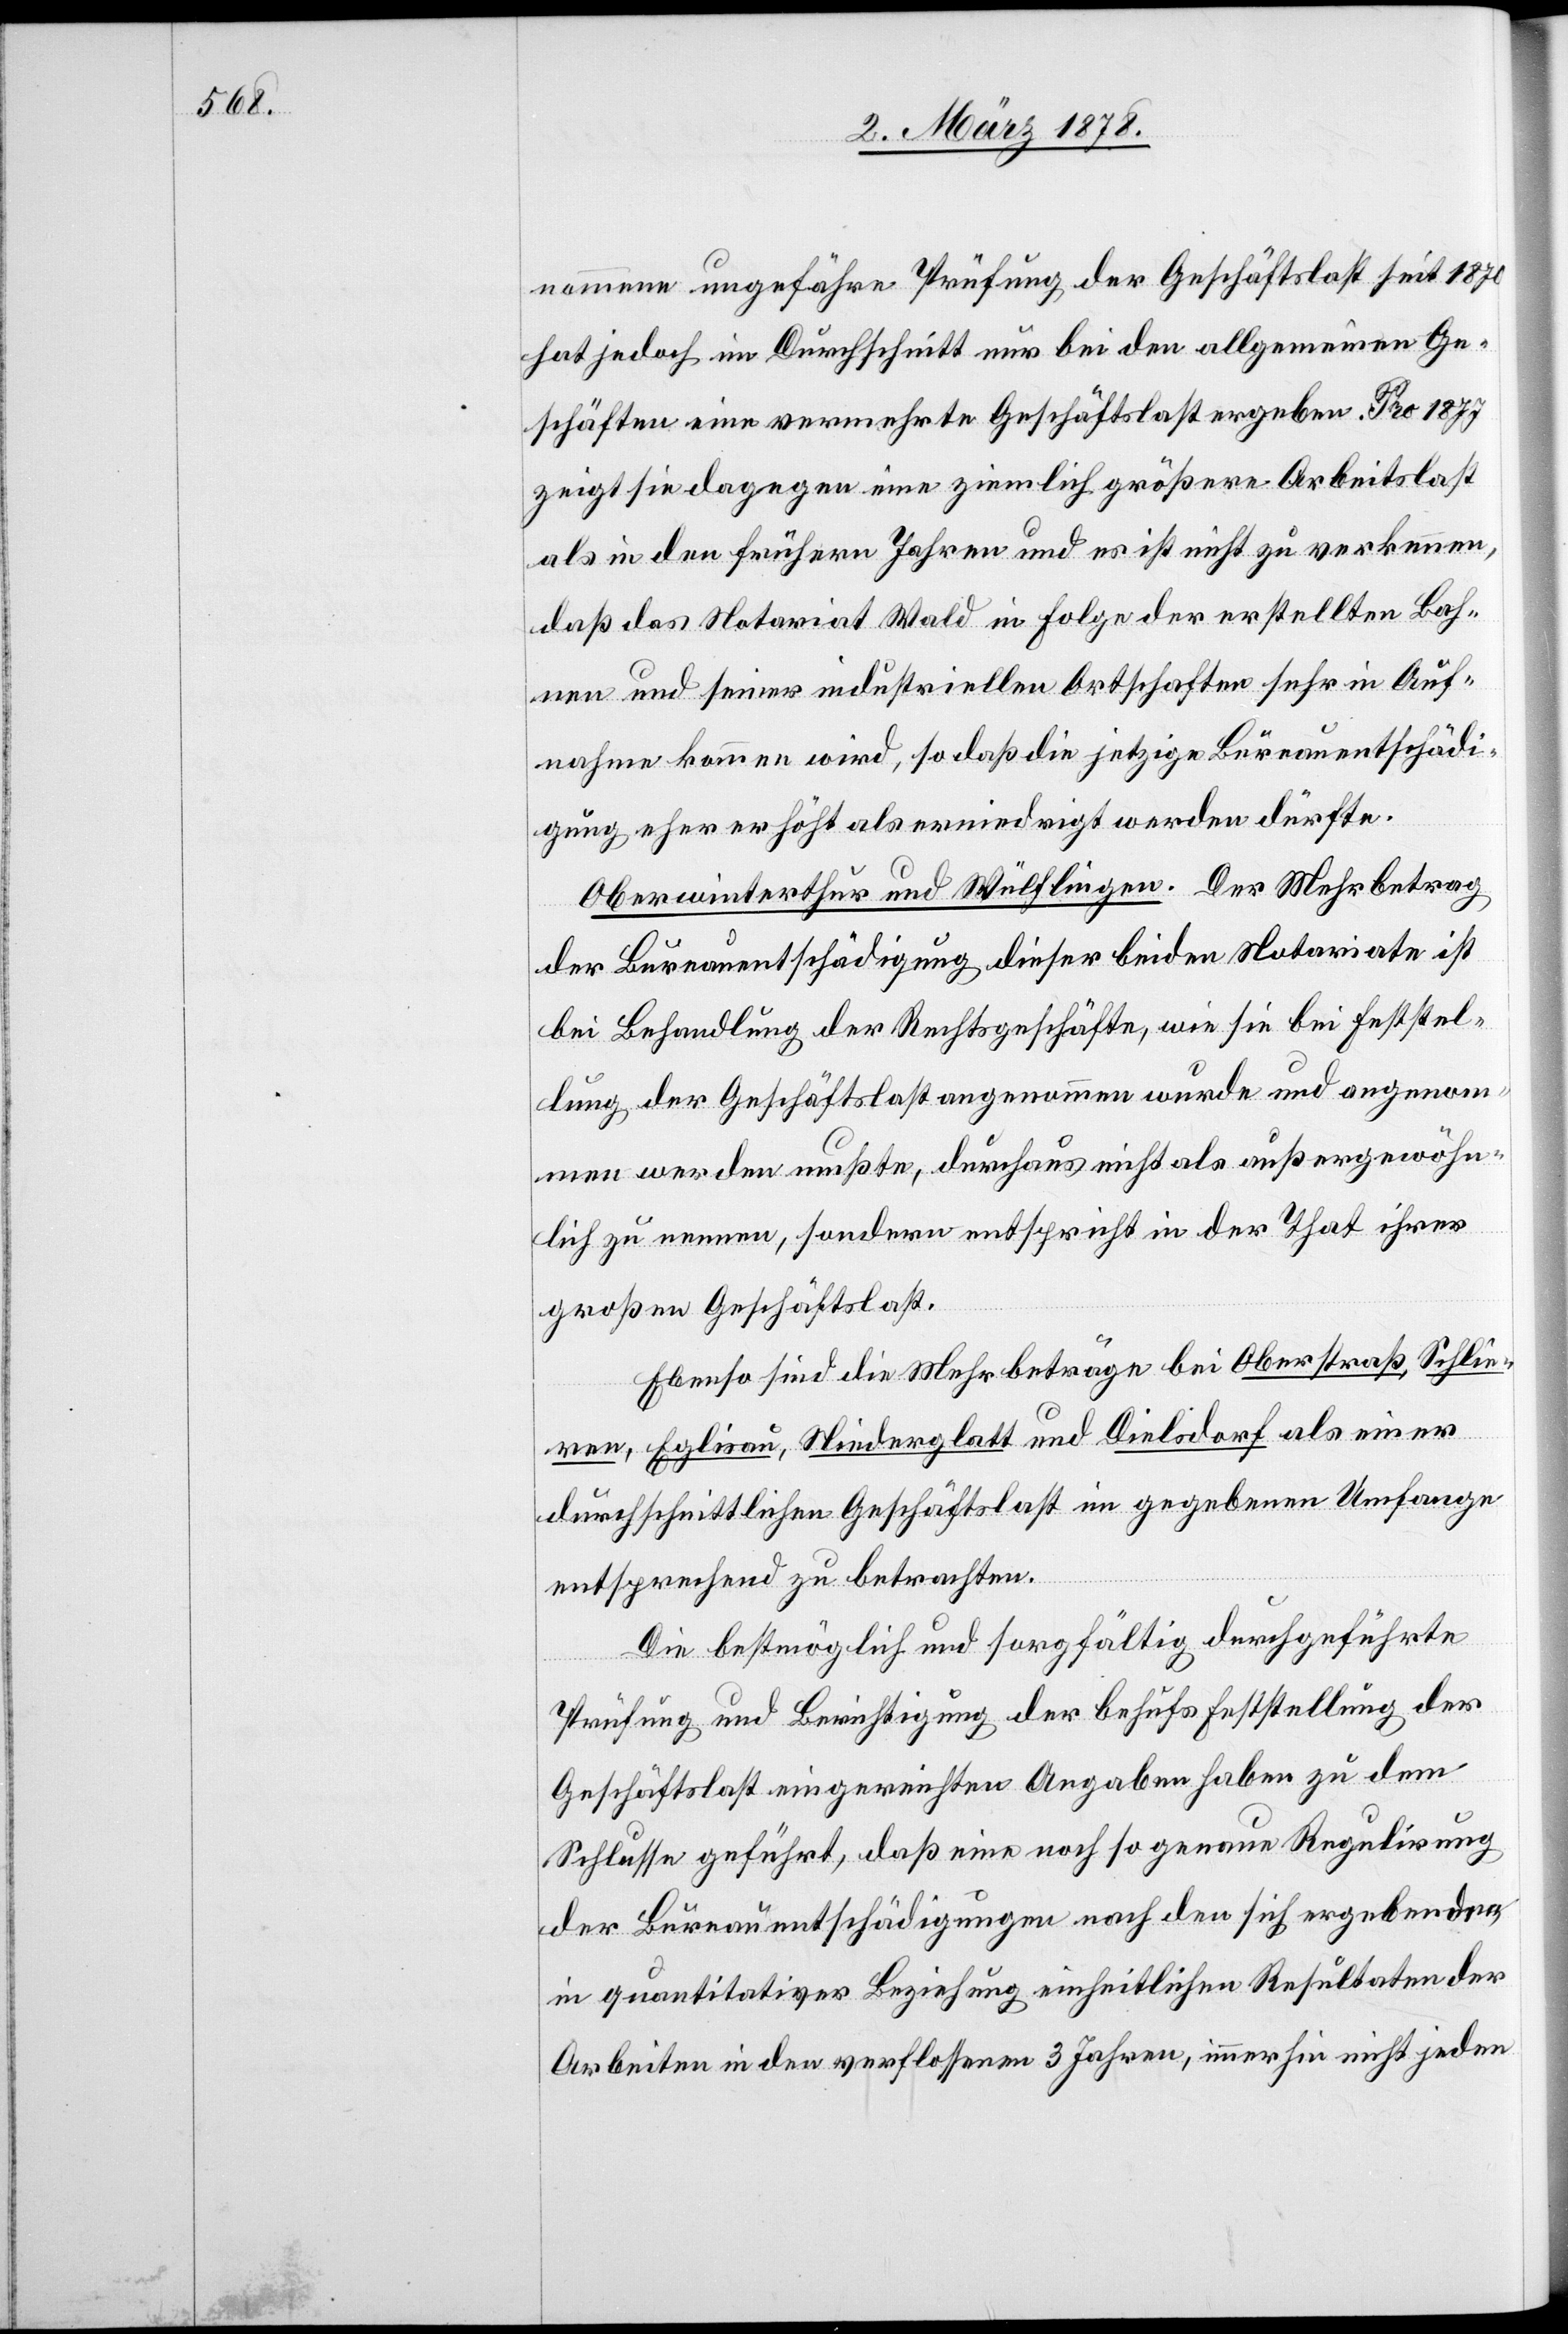
nommene ungefähre Prüfung der Geschäftslast seit 1870
hat jedoch im Durchschnitt nur bei den allgemeinen Ge¬
schäften eine vermehrte Geschäftslast ergeben. Pro 1877
zeigt sie dagegen eine ziemlich größere Arbeitslast
als in den frühern Jahren und es ist nicht zu verkennen,
daß das Notariat Wald in Folge der erstellten Bah¬
nen und seiner industriellen Ortschaften sehr in Auf¬
nahme kommen wird, so daß die jetzige Büreauentschädi¬
gung eher erhöht als erniedrigt werden dürfte.
Oberwinterthur und Wülflingen. Der Mehrbetrag
der Bureauentschädigung dieser beiden Notariate ist
bei Behandlung der Rechtsgeschäfte, wie sie bei Feststel¬
lung der Geschäftslast angenommen wurde und angenom¬
men werden mußte, durchaus nicht als außergewöhn¬
lich zu nennen, sondern entspricht in der That ihrer
großen Geschäftslast.
Ebenso sind die Mehrbeträge bei Oberstraß, Schlie¬
ren, Eglisau, Niederglatt und Dielsdorf als einer
durchschnittlichen Geschäftslast im gegebenen Umfange
entsprechend zu betrachten.
Die bestmöglich und sorgfältig durchgeführte
Prüfung und Berichtigung der behufs Feststellung der
Geschäftslast eingereichten Angaben haben zu dem
Schlusse geführt, daß eine noch so genaue Regulirung
der Bureauentschädigungen nach den sich ergebenden
in quantitativer Beziehung einheitlichen Resultaten der
Arbeiten in den verflossenen 3 Jahren, immerhin nicht jeden